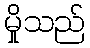
မှိုသည်